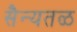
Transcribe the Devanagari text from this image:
सैन्यतळ